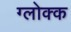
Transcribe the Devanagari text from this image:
ग्लोक्क